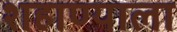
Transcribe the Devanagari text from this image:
शहाण्याला